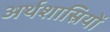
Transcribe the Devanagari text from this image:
अर्थशास्रियों